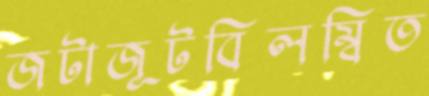
জটাজূটবিলম্বিত